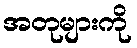
အတုများကို